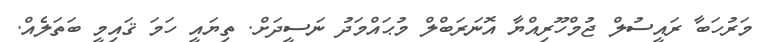
މަރުހަބާ ރައީސުލް ޖުމްހޫރިއްޔާ އޮނަރަބްލް މުޙައްމަދު ނަސީދަށް. ތިޔައީ ހަމަ ޤައިމީ ބަތަލެއް.